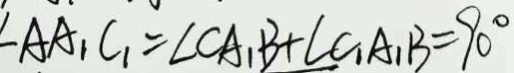
\angle A A _ { 1 } C _ { 1 } = \angle C A _ { 1 } B + \angle C _ { 1 } A _ { 1 } B = 9 0 ^ { \circ }